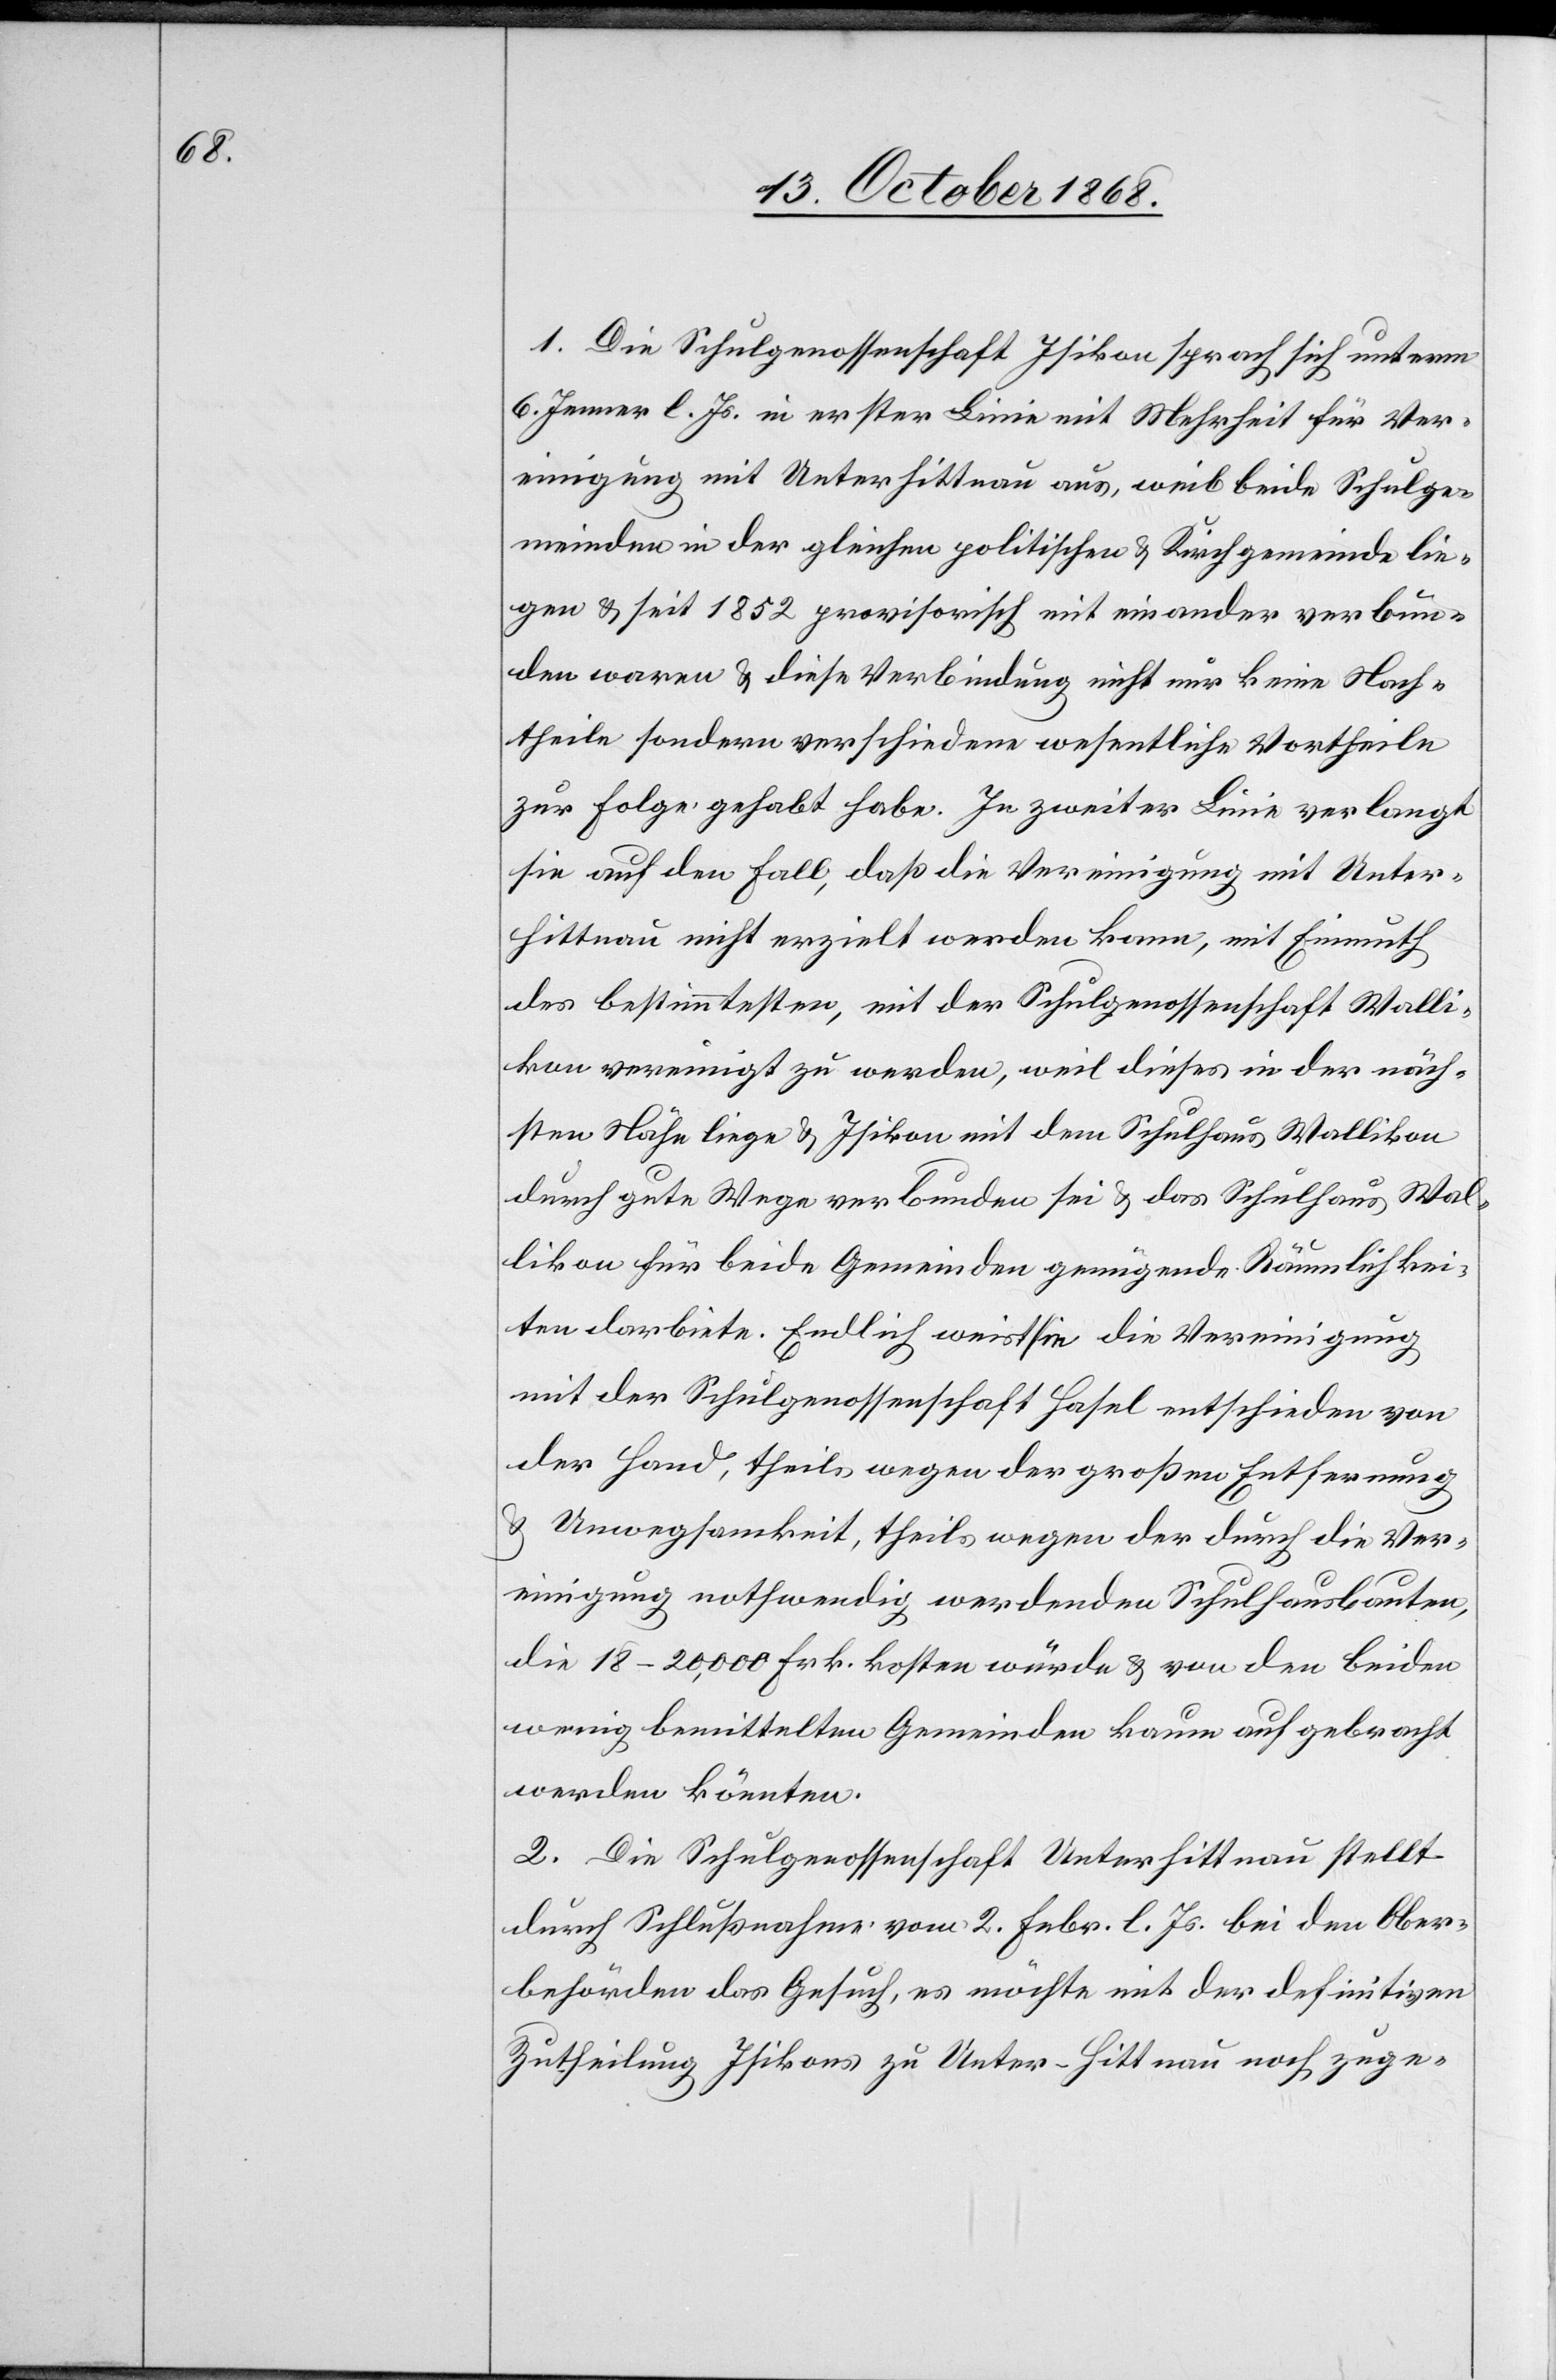
1. Die Schulgenossenschaft Isikon sprach sich unterm
6. Jenner l. Js. in erster Linie mit Mehrheit für Ver¬
einigung mit Unterhittnau aus, weil beide Schulge¬
meinden in der gleichen politischen & Kirchgemeinde lie¬
gen & seit 1852 provisorisch miteinander verbun¬
den waren & diese Verbindung nicht nur keine Nach¬
theile sondern verschiedene wesentliche Vortheile
zur Folge gehabt habe. In zweiter Linie verlangt
sie auf den Fall, daß die Vereinigung mit Unter¬
hittnau nicht erzielt werden kann, mit Einmuth
des bestimmtesten, mit der Schulgenossenschaft Walli¬
kon vereinigt zu werden, weil dieses in der näch¬
sten Nähe liege & Isikon mit dem Schulhaus Wallikon
durch gute Wege verbunden sei & das Schulhaus Wal¬
likon für beide Gemeinden genügende Räumlichkei¬
ten darbiete. Endlich weist sie die Vereinigung
mit der Schulgenossenschaft Hasel entschieden von
der Hand, theils wegen der großen Entfernung
& Unwegsamkeit, theils wegen der durch die Ver¬
einigung nothwendig werdenden Schulhausbauten,
die 18–20,000 Frk. kosten würde[n] & von den beiden
wenig bemittelten Gemeinden kaum aufgebracht
werden könnten.
2. Die Schulgenossenschaft Unterhittnau stellt
durch Schlußnahme vom 2. Febr. l. Js. bei den Ober¬
behörden das Gesuch, es möchte mit der definitiven
Zutheilung Isikons zu Unter-Hittnau noch zuge-